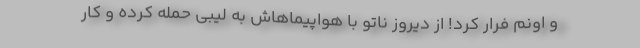
و اونم فرار کرد! از دیروز ناتو با هواپیماهاش به لیبی حمله کرده و کار